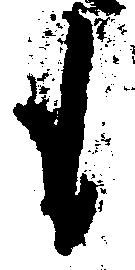
も